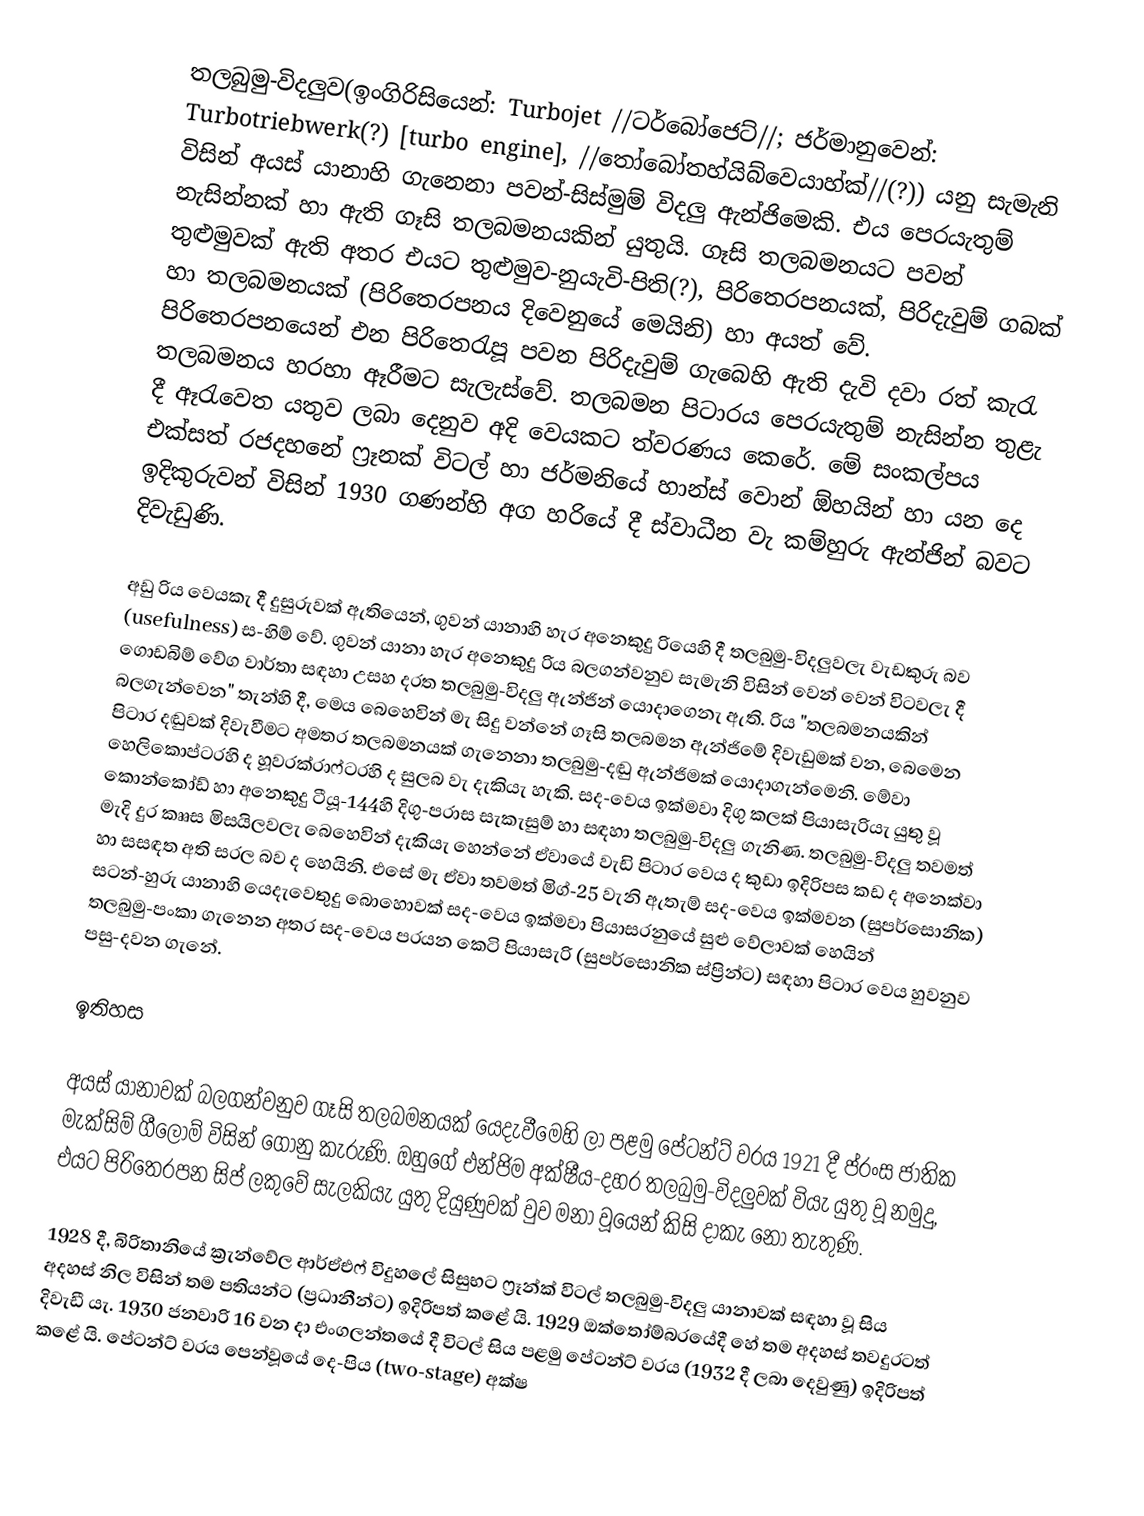
තලබුමු-විදලුව(ඉංගිරිසියෙන්: Turbojet //ටර්බෝජෙට්//; ජර්මානුවෙන්: Turbotriebwerk(?) [turbo engine], //තෝබෝතහ්යිබ්වෙයාහ්ක්//(?)) යනු සැමැනි විසින් අයස් යානාහි ගැනෙනා පවන්-සිස්මුම් විදලු ඇන්ජිමෙකි. එය පෙරයැතුම් නැසින්නක් හා ඇති ගෑසි තලබමනයකින් යුතුයි. ගෑසි තලබමනයට පවන් තුළුමුවක් ඇති අතර එයට තුළුමුව-නුයැවි-පිති(?), පිරිතෙරපනයක්, පිරිදැවුම් ගබක් හා තලබමනයක් (පිරිතෙරපනය දිවෙනුයේ මෙයිනි) හා අයත් වේ. පිරිතෙරපනයෙන් එන පිරිතෙරැපූ පවන පිරිදැවුම් ගැබෙහි ඇති දැවි දවා රත් කැරැ තලබමනය හරහා ඈරීමට සැලැස්වේ. තලබමන පිටාරය පෙරයැතුම් නැසින්න තුළැ දී ඈරැවෙත යතුව ලබා දෙනුව අදි වෙයකට ත්වරණය කෙරේ.  මේ සංකල්පය  එක්සත් රජදහනේ ෆ්‍රෑනක් විටල් හා ජර්මනියේ හාන්ස් වොන් ඕහයින් හා යන දෙ ඉදිකුරුවන් විසින් 1930 ගණන්හි අග හරියේ දී ස්වාධීන වැ කම්හුරු  ඇන්ජින් බවට දිවැඩුණි.

අඩු රිය වෙයකැ දී දුසුරුවක් ඇතියෙන්, ගුවන් යානාහි හැර අනෙකුදු රියෙහි දී තලබුමු-විදලුවලැ වැඩකුරු බව (usefulness) ස-හිම් වේ. ගුවන් යානා හැර අනෙකුදු රිය බලගන්වනුව සැමැනි විසින් වෙන් වෙන් විටවලැ දී ගොඩබිම් වේග වාර්තා සඳහා උසහ දරත තලබුමු-විදලු ඇන්ජින් යොදාගෙනැ ඇති. රිය "තලබමනයකින් බලගැන්වෙන" තැන්හි දී, මෙය බෙහෙවින් මැ සිදු වන්නේ ගෑසි තලබමන ඇන්ජිමේ දිවැඩුමක් වන, බෙමෙන පිටාර දඬුවක් දිවැවීමට අමතර තලබමනයක් ගැනෙනා තලබුමු-දඬු ඇන්ජිමක් යොදාගැන්මෙනි. මේවා හෙලිකොප්ටරහි ද හූවරක්රාෆ්ටරහි ද සුලබ වැ දැකියැ හැකි. සද-වෙය ඉක්මවා දිගු කලක් පියාසැරියැ යුතු වූ කොන්කෝඩ් හා අනෙකුදු ටීයූ-144හි දිගු-පරාස සැකැසුම් හා සඳහා තලබුමු-විදලු ගැනිණ. තලබුමු-විදලු තවමත් මැදි දුර කෲස මිසයිලවලැ බෙහෙවින් දැකියැ හෙන්නේ ඒවායේ වැඩි පිටාර වෙය ද කුඩා ඉදිරිපස කඩ ද අනෙක්වා හා සසඳත අති සරල බව ද හෙයිනි. එසේ මැ ඒවා තවමත් මිග්-25 වැනි ඇතැම් සද-වෙය ඉක්මවන (සුපර්සොනික) සටන්-හුරු යානාහි යෙදැවෙතුදු බොහොවක් සද-වෙය ඉක්මවා පියාසරනුයේ සුළු වේලාවක් හෙයින් තලබුමු-පංකා ගැනෙන අතර සද-වෙය පරයන කෙටි පියාසැරි (සුපර්සොනික ස්ප්‍රින්ට) සඳහා පිටාර වෙය හුවනුව පසු-දවන ගැනේ.

ඉතිහස

අයස් යානාවක් බලගන්වනුව ගෑසි තලබමනයක් යෙදැවීමෙහි ලා පළමු පේටන්ට් වරය 1921 දී ප්රංස ජාතික මැක්සිම් ගීලොම් විසින් ගොනු කැරුණි. ඔහුගේ එන්ජිම අක්ෂීය-දහර තලබුමු-විදලුවක් වියැ යුතු වූ නමුදු, එයට පිරිතෙරපන සිප් ලකුවේ සැලකියැ යුතු දියුණුවක් වුව මනා වූයෙන් කිසි දාකැ නො තැතුණි.

1928 දී, බිරිතානියේ ක්‍රැන්වේල ආර්ඒඑෆ් විදුහලේ සිසුභට ෆ්‍රෑන්ක් විටල් තලබුමු-විදලු යානාවක් සඳහා වූ සිය අදහස් නිල විසින් තම පතියන්ට (ප්‍රධානීන්ට) ඉදිරිපත් කළේ යි. 1929 ඔක්තෝම්බරයේදී හේ තම අදහස් තවදුරටත් දිවැඩී යැ.  1930 ජනවාරි 16 වන දා එංගලන්තයේ දී විටල් සිය පළමු පේටන්ට් වරය (1932 දී ලබා දෙවුණු) ඉදිරිපත් කළේ යි.   පේටන්ට් වරය පෙන්වූයේ දෙ-පිය (two-stage) අක්ෂ